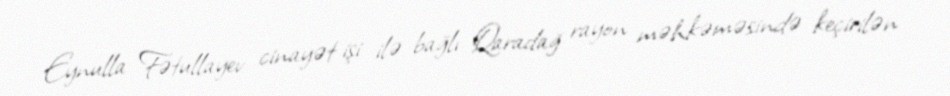
Eynulla Fətullayev cinayət işi ilə bağlı Qaradağ rayon məhkəməsində keçirilən